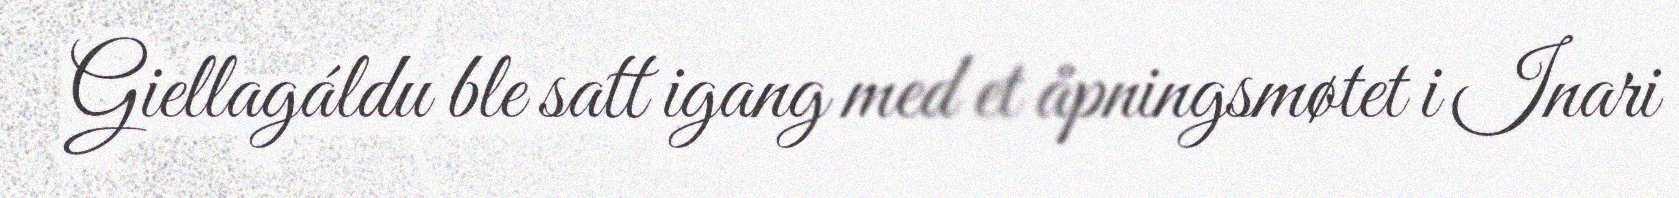
Giellagáldu ble satt igang med et åpningsmøtet i Inari